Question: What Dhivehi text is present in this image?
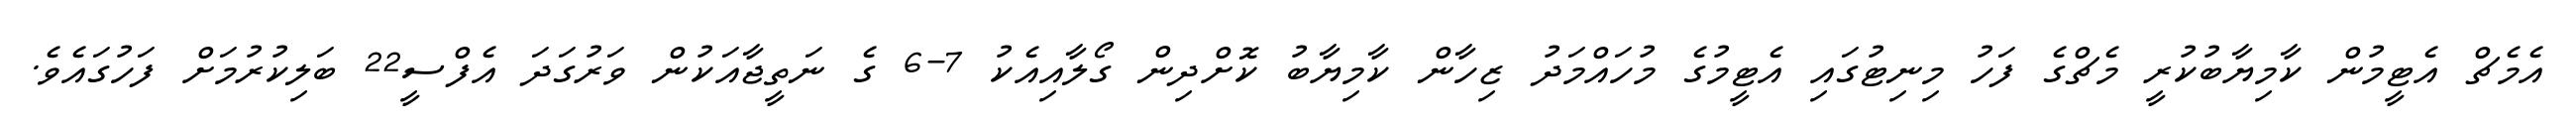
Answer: އެމެޗް އެޓީމުން ކާމިޔާބުކުރީ މެޗްގެ ފަހު މިނިޓުގައި އެޓީމުގެ މުހައްމަދު ޒިހާން ކާމިޔާބު ކޮށްދިން ގޯލާއިއެކު 7-6 ގެ ނަތީޖާއަކުން ވަރުގަދަ އެފްސީ22 ބަލިކުރުމަށް ފަހުގައެވެ.